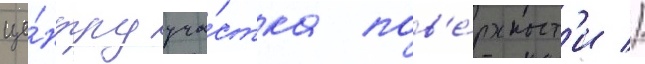
це́нтру уча́стка пов'е́рхност'и //